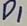
Text: D1